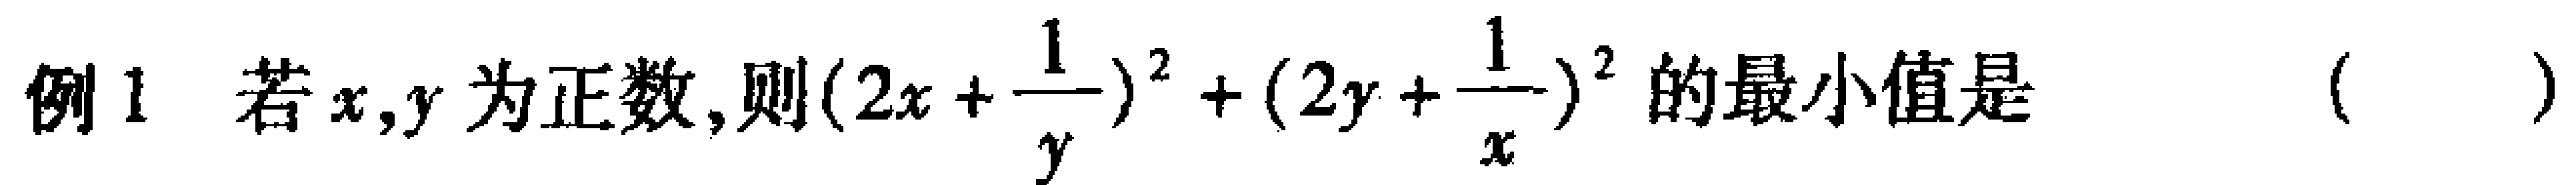
例1 若$x,y$为正数,则$(2x+\frac{1}{y})^2+(2y+\frac{1}{x})^2$的最小值是（  ）